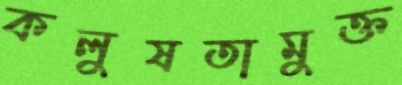
কলুষতামুক্ত